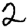
Digit: 2